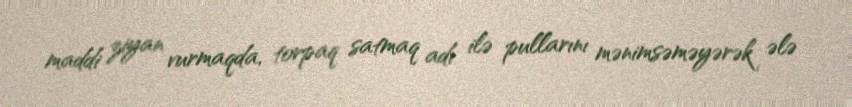
maddi ziyan vurmaqda, torpaq satmaq adı ilə pullarını mənimsəməyərək ələ